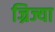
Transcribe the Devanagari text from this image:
ज्रिज्या